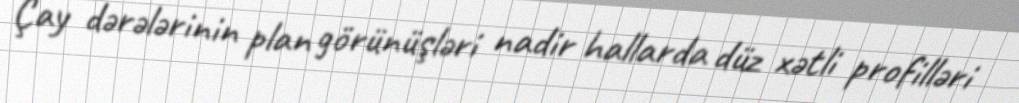
Çay dərələrinin plan görünüşləri nadir hallarda düz xətli profilləri